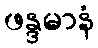
ဖန္ဒမာနံ